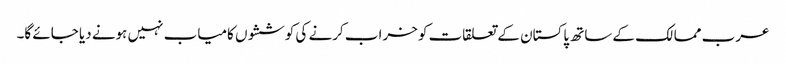
عرب ممالک کے ساتھ پاکستان کے تعلقات کو خراب کرنے کی کوششوں کامیاب نہیں ہونے دیا جائے گا۔